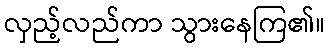
လှည့်လည်ကာ သွားနေကြ၏။